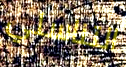
التناسلي